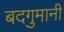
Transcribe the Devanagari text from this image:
बदगुमानी